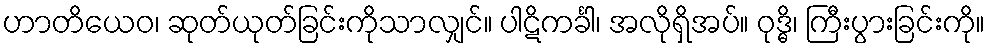
ဟာတိယေဝ၊ ဆုတ်ယုတ်ခြင်းကိုသာလျှင်။ ပါဋိကင်္ခါ၊ အလိုရှိအပ်။ ဝုဒ္ဓိ၊ ကြီးပွားခြင်းကို။